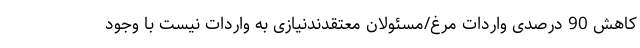
کاهش 90 درصدی واردات مرغ/مسئولان معتقدندنیازی به واردات نیست با وجود